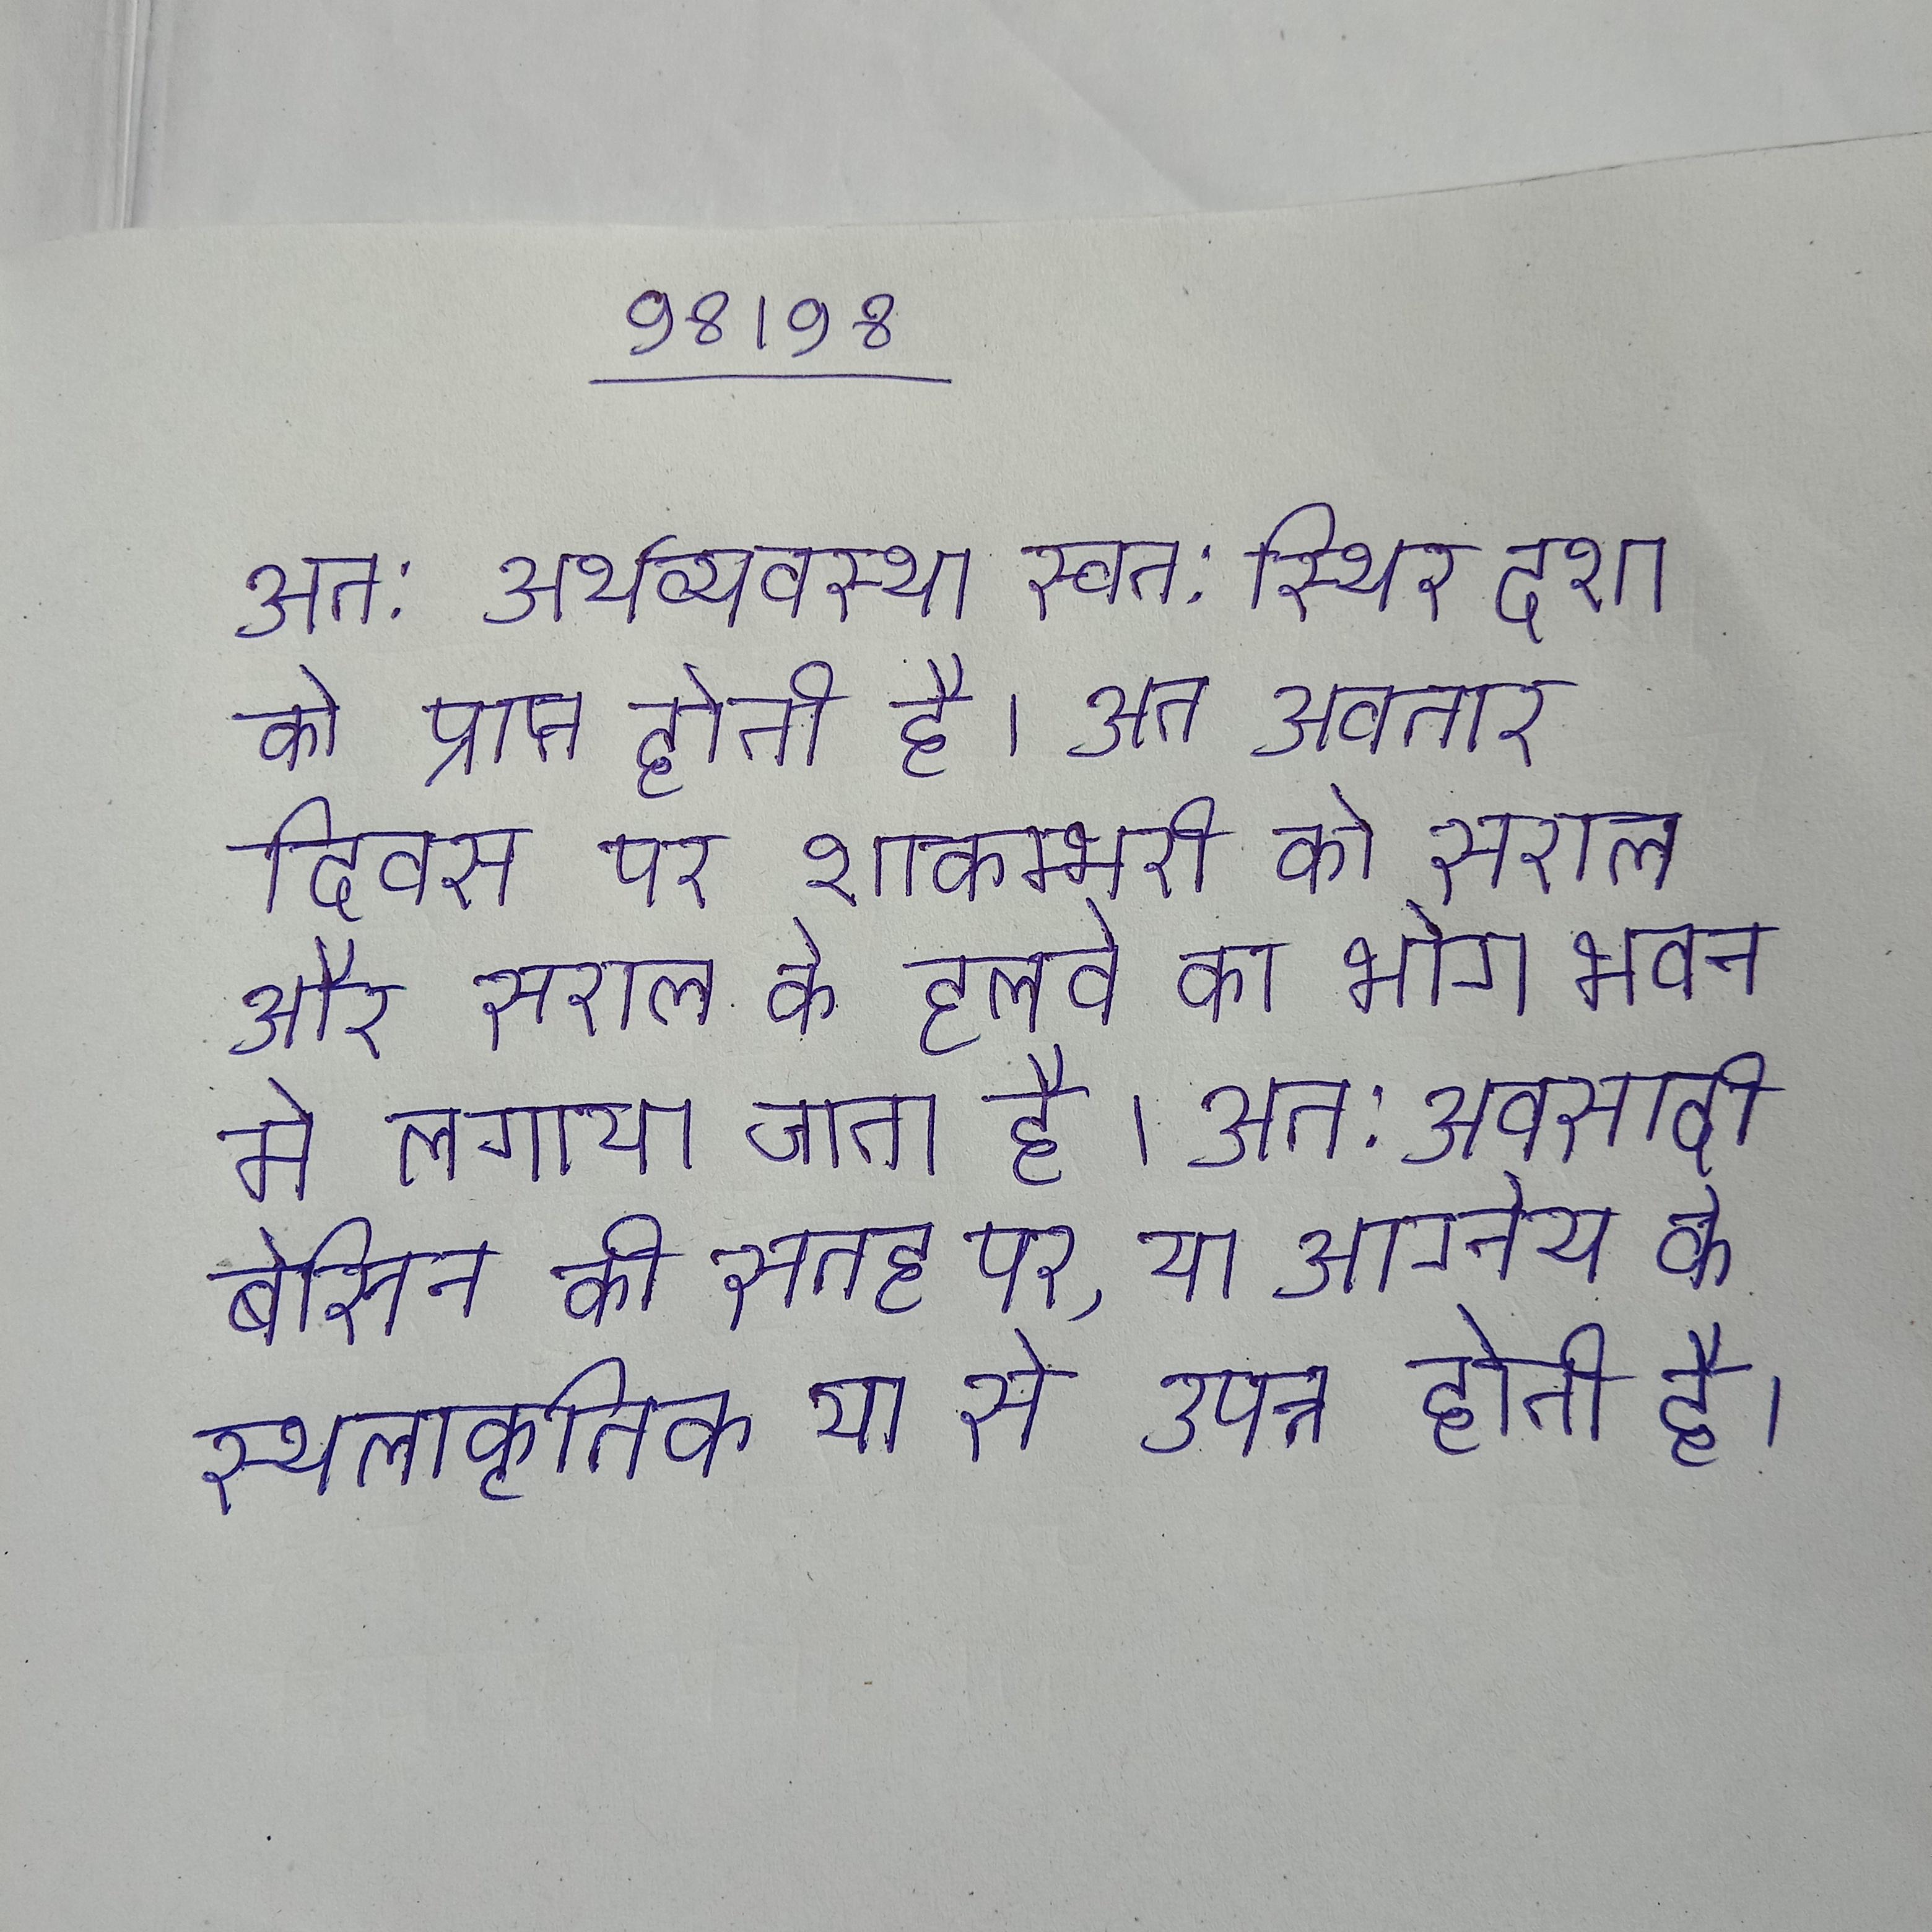
अत: अर्थव्यवस्था स्वत: स्थिर दशा को प्राप्त होती है । अत अवतार दिवस पर शाकम्भरी को सराल और सराल के हलवे का भोग भवन मे लगाया जाता है । अत: अवसादी बेसिन की सतह पर, या आग्नेय के स्थलाकृतिक या से उत्पन्न होती है ।